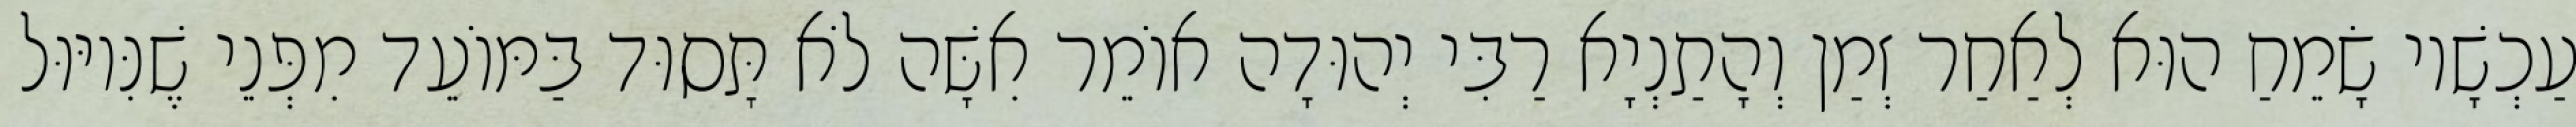
עַכְשָׁיו שָׂמֵחַ הוּא לְאַחַר זְמַן וְהָתַנְיָא רַבִּי יְהוּדָה אוֹמֵר אִשָּׁה לֹא תָּסוּד בַּמּוֹעֵד מִפְּנֵי שֶׁנִּיוּוּל